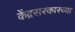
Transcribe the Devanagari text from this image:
केंद्रसरकारच्या